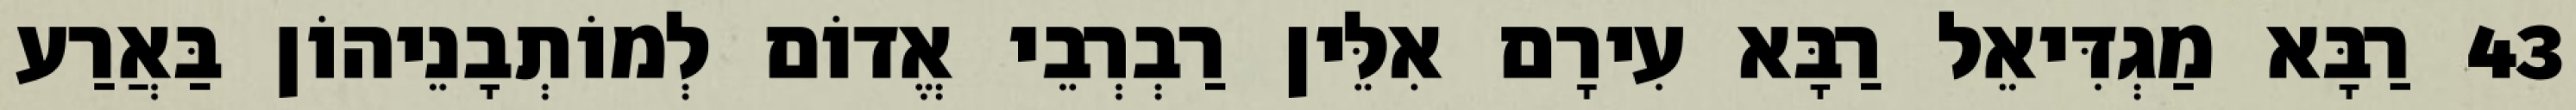
43 רַבָּא מַגְדִּיאֵל רַבָּא עִירָם אִלֵּין רַבְרְבֵי אֱדוֹם לְמוֹתְבָנֵיהוֹן בַּאֲרַע